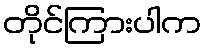
တိုင်ကြားပါက